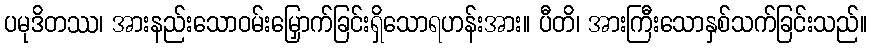
ပမုဒိတဿ၊ အားနည်းသောဝမ်းမြှောက်ခြင်းရှိသောရဟန်းအား။ ပီတိ၊ အားကြီးသောနှစ်သက်ခြင်းသည်။